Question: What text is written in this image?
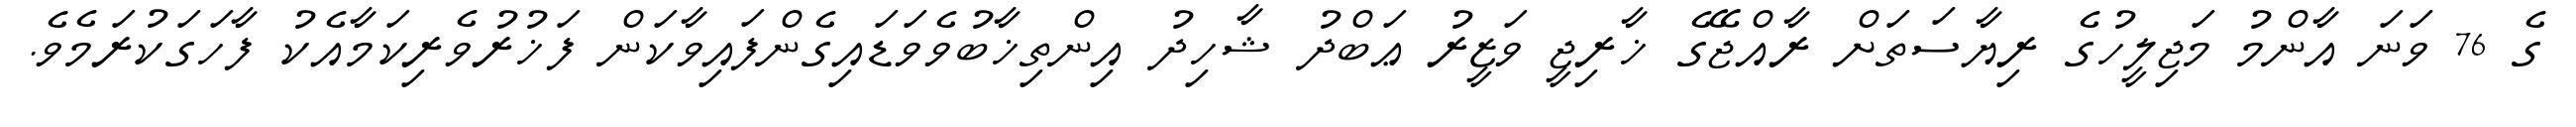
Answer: ގެ 76 ވަނަ އާންމު މަޖިލީހުގެ ރިޔާސަތަށް ރާއްޖޭގެ ޚާރިޖީ ވަޒީރު ޢަބްދު ޝާހިދު އިންތިޚާބުވެވަޑައިގެންފައިވާކަން ފަޚުރުވެރިކަމާއެކު ފާހަގަކުރަމެވެ.